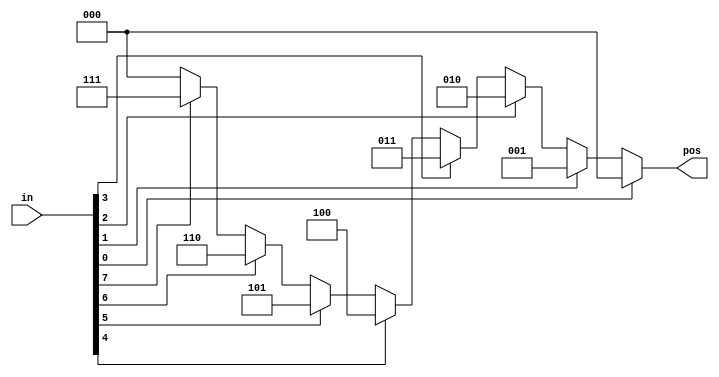
// synthesis verilog_input_version verilog_2001
module top_module (
    input [7:0] in,
    output reg [2:0] pos );
    always@(*)
        begin
            casez(in)
                8'bzzzzzzz1:pos<=1'b0;
                8'bzzzzzz1z:pos<=1'b1;
                8'bzzzzz1zz:pos<=2'b10;
                8'bzzzz1zzz:pos<=2'b11;
                8'bzzz1zzzz:pos<=3'b100;
                8'bzz1zzzzz:pos<=3'b101;
                8'bz1zzzzzz:pos<=3'b110;
                8'b1zzzzzzz:pos<=3'b111;
                default:pos<=1'b0;
            endcase
        end

endmodule